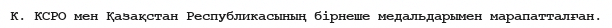
К. КСРО мен Қазақстан Республикасының бірнеше медальдарымен марапатталған.